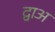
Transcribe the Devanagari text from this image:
द्वाअ